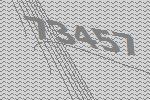
73457